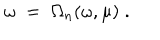
LaTeX: \omega \; = \; \Omega _ { n } ( \omega , \mu ) \; .